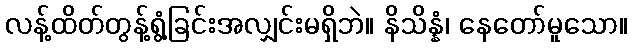
လန့်ထိတ်တွန့်ရွံ့ခြင်းအလျှင်းမရှိဘဲ။ နိသိန္နံ၊ နေတော်မူသော။